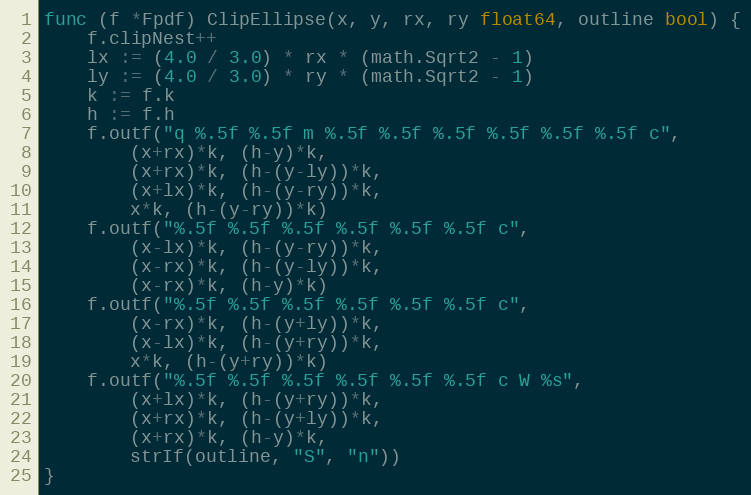
Language: Go
func (f *Fpdf) ClipEllipse(x, y, rx, ry float64, outline bool) {
	f.clipNest++
	lx := (4.0 / 3.0) * rx * (math.Sqrt2 - 1)
	ly := (4.0 / 3.0) * ry * (math.Sqrt2 - 1)
	k := f.k
	h := f.h
	f.outf("q %.5f %.5f m %.5f %.5f %.5f %.5f %.5f %.5f c",
		(x+rx)*k, (h-y)*k,
		(x+rx)*k, (h-(y-ly))*k,
		(x+lx)*k, (h-(y-ry))*k,
		x*k, (h-(y-ry))*k)
	f.outf("%.5f %.5f %.5f %.5f %.5f %.5f c",
		(x-lx)*k, (h-(y-ry))*k,
		(x-rx)*k, (h-(y-ly))*k,
		(x-rx)*k, (h-y)*k)
	f.outf("%.5f %.5f %.5f %.5f %.5f %.5f c",
		(x-rx)*k, (h-(y+ly))*k,
		(x-lx)*k, (h-(y+ry))*k,
		x*k, (h-(y+ry))*k)
	f.outf("%.5f %.5f %.5f %.5f %.5f %.5f c W %s",
		(x+lx)*k, (h-(y+ry))*k,
		(x+rx)*k, (h-(y+ly))*k,
		(x+rx)*k, (h-y)*k,
		strIf(outline, "S", "n"))
}